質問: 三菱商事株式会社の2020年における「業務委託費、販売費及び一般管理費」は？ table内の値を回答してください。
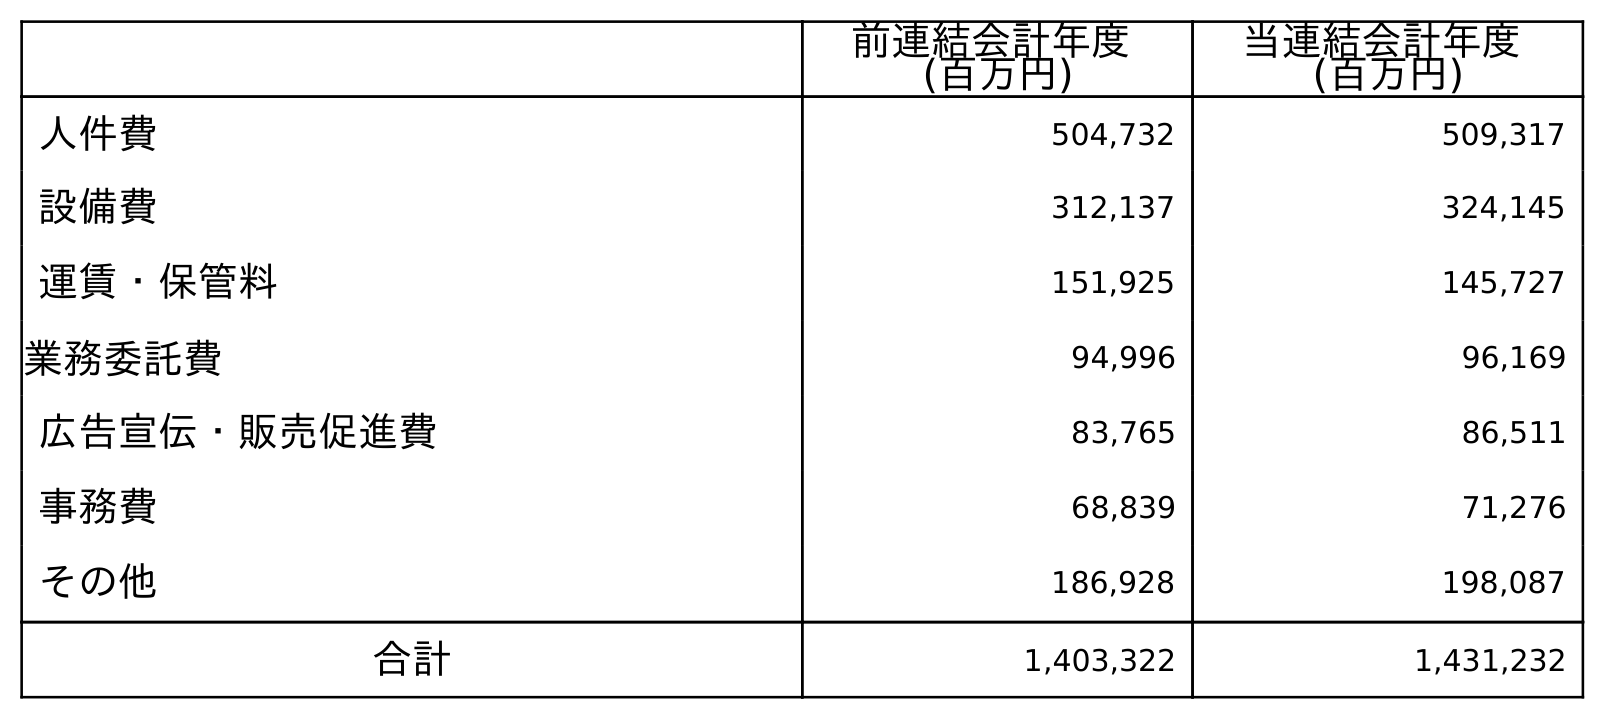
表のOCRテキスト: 前連結会計年度 (百万円) 当連結会計年度 (百万円) 人件費 504,732 509,317 設備費 312,137 324,145 運賃・保管料 151,925 145,727 業務委託費 94,996 96,169 広告宣伝・販売促進費 83,765 86,511 事務費 68,839 71,276 その他 186,928 198,087 合計 1,403,322 1,431,232
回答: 96,169